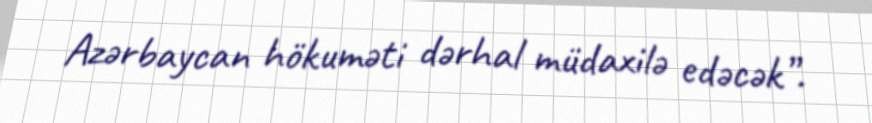
Azərbaycan hökuməti dərhal müdaxilə edəcək”.